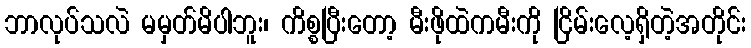
ဘာလုပ်သလဲ မမှတ်မိပါဘူး၊ ကိစ္စပြီးတော့ မီးဖိုထဲကမီးကို ငြိမ်းလေ့ရှိတဲ့အတိုင်း